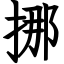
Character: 挪